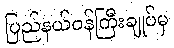
ပြည်နယ်ဝန်ကြီးချုပ်မှ